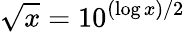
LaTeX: \sqrt{x}=10^{(\log x)/2}